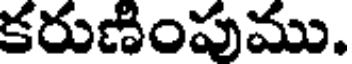
కరుణింపుము.